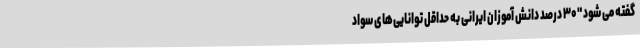
گفته می شود "۳۰ درصد دانش آموزان ایرانی به حداقل توانایی‌های سواد